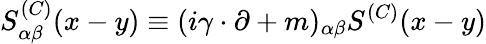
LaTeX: S_{\alpha\beta}^{(C)}(x-y)\equiv(i\gamma\cdot\partial+m)_{\alpha\beta}S^{(C)}(x-y)